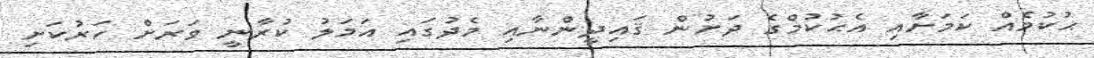
ޙުކުމެއް ކަމަށާއި އެޙުކުމްގެ ދަށުން ޤައިދީންނާއި މެދުގައި އަމަލު ކުރާނީ ވަރަށް ހަރުކަށި